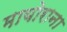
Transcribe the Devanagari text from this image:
मायोराना